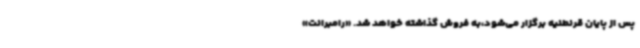
پس از پایان قرنطنیه برگزار می‌شود،به فروش گذاشته خواهد شد. «رامبرانت»